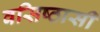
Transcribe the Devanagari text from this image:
वसिष्ठासी